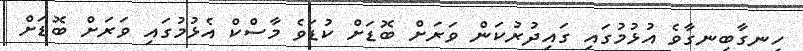
ހިނގާބިނގާވެ އުޅުމުގައި ގައިދުރުކަން ވަރަށް ބޮޑަށް ކުޑަވެ މާސްކް އެޅުމުގައި ވަރަށް ބޮޑަށް